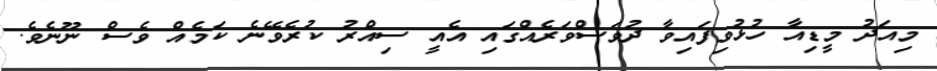
މިއަދު މީޑިއާ ހުޅުވިފައިވާ ދުވަސްވަރެއްގައި އެއީ ސިއްރު ކުރެވޭނެ ކަމެއް ވެސް ނޫނެވެ.